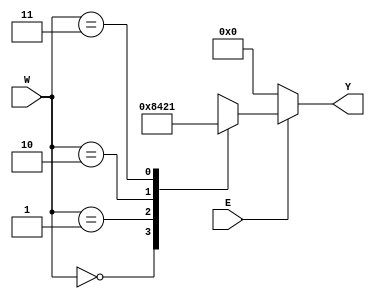
module dec2to4(E,W,Y);
input E;
input [1:0]W;
output reg [0:3]Y;

always @(E,W)
begin 
if(E==0)
Y=0;
else
case(W)
0:Y=4'b1000;
1:Y=4'b0100;
2:Y=4'b0010;
3:Y=4'b0001;
default:Y=0;
endcase
end 
endmodule